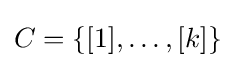
C=\{[1],\dots ,[k]\}